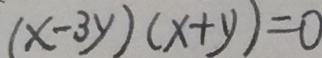
( x - 3 y ) ( x + y ) = 0